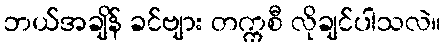
ဘယ်အချိန် ခင်ဗျား တက္ကစီ လိုချင်ပါသလဲ။